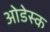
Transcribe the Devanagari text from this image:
ओडेस्क